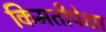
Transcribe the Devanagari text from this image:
किमतीपेक्षा